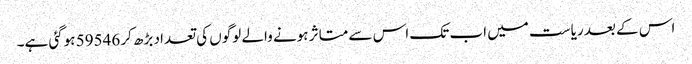
اس کے بعد ریاست میں اب تک اس سے متاثر ہونے والے لوگوں کی تعداد بڑھ کر 59546 ہوگئی ہے۔